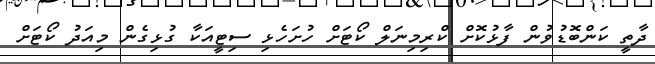
ދާތީ ކަންބޮޑުވުން ފާޅުކޮށް ކްރިމިނަލް ކޯޓަށް ހުށަހެޅި ސިޓީއަކާ ގުޅިގެން މިއަދު ކޯޓަށް